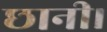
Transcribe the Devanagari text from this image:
छानी।